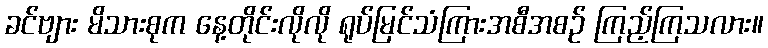
ခင်ဗျား မိသားစုက နေ့တိုင်းလိုလို ရုပ်မြင်သံကြားအစီအစဉ် ကြည့်ကြသလား။